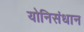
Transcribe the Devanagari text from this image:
योनिसंधान